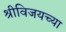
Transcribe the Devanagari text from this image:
श्रीविजयच्या